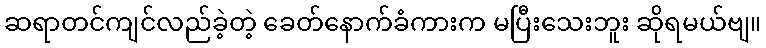
ဆရာတင်ကျင်လည်ခဲ့တဲ့ ခေတ်နောက်ခံကားက မပြီးသေးဘူး ဆိုရမယ်ဗျ။